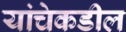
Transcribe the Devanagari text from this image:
यांचेकडील